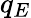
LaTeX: q_{E}